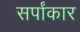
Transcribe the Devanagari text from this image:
सर्पांकार